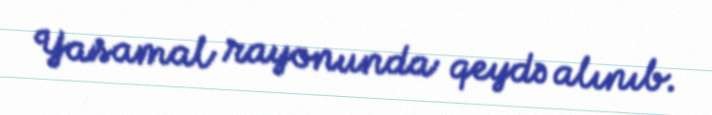
Yasamal rayonunda qeydə alınıb.